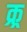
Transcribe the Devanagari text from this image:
क्र्र